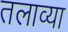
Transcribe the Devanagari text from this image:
तलाव्या